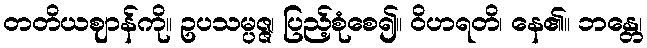
တတိယဈာန်ကို။ ဥပသမ္ပဇ္ဇ၊ ပြည့်စုံစေ၍။ ဝိဟရတိ၊ နေ၏။ ဘန္တေ၊